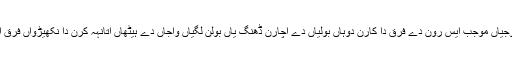
کھوجیاں موجب ایس رون دے فرق دا کارن دوہاں بولیاں دے اُچارن ڈھنگ یاں بولن لگیاں واجاں دے ہیٹھاں اُتانہہ کرن دا نکھیڑواں فرق اے۔